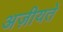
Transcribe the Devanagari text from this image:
अज़ीयतें